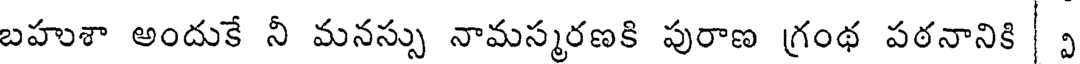
బహుశా అందుకే నీ మనస్సు నామస్మరణకి పురాణ గ్రంథ పఠనానికి |